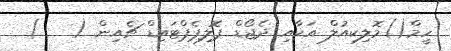
ހީމް()މޮލިކިއުލް އަކާއި ދެޖޯޑް ޕޮލިޕެޕްޓައިޑް ޗެއިން (   )